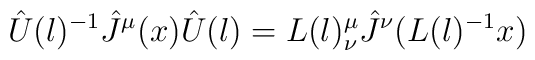
{\hat U}(l)^{-1}{\hat J}^{\mu}(x){\hat U}(l)=L(l)^{\mu}_{\nu}{\hat J}^{\nu}(L(l)^{-1}x)